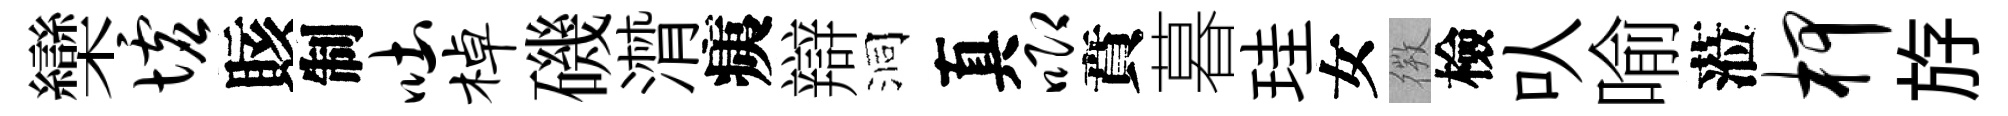
欒墟賅制吐棹磯潸痍辯洞真唧賁暮珪女𢕄檢㕥喻蒞柙斿